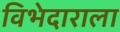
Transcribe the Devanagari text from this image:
विभेदाराला